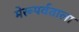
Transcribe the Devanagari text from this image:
मेरूपर्वताला